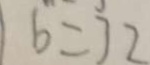
6 = 3 2